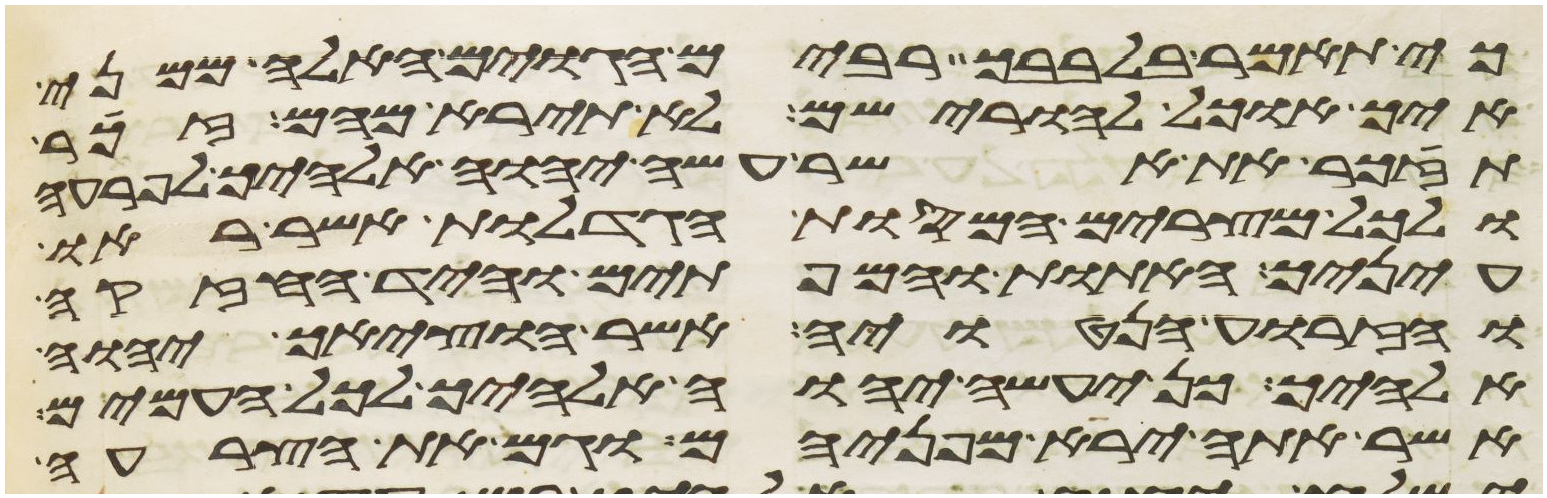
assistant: כי תאמר בלבבך רבים הגוים האלה ממני
איך אוכל להורישם לא תירא מהם זכר
תזכר את אשר עשה יהוה אלהיך לפרעה
ולכל מצרים המסות הגדלות אשר ראו
עיניך האתות והמופתים והיד החזקה
והזרוע הנטויה אשר הוציאך יהוה
אלהיך כן יעשה יהוה אלהיך לכל העמים
אשר אתה ירא מפניהם וגם את הצרעה